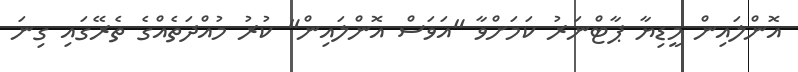
އޮންލައިން މީޑިޔާ ޕާޓްނަރު ކަމަށްވާ "އަވަސް އޮންލައިން" ކުރު މުއްދަތެއްގެ ތެރޭގައި ގިނަ